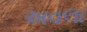
અવલા